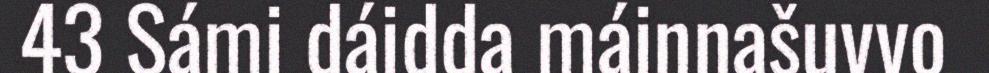
43 Sámi dáidda máinnašuvvo